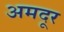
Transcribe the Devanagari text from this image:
अमदूर